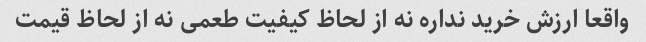
واقعا ارزش خرید نداره نه از لحاظ کیفیت طعمی نه از لحاظ قیمت